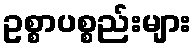
ဥစ္စာပစ္စည်းများ